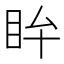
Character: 𥄜